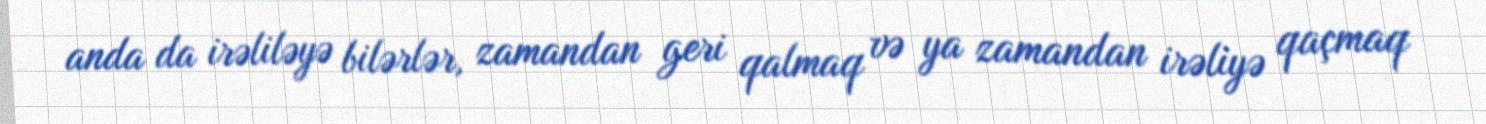
anda da irəliləyə bilərlər, zamandan geri qalmaq və ya zamandan irəliyə qaçmaq